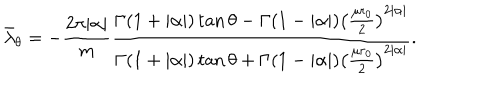
LaTeX: \bar { \lambda } _ { \theta } = - \frac { 2 \pi | \alpha | } { m } \frac { \Gamma ( 1 + | \alpha | ) \tan \theta - \Gamma ( 1 - | \alpha | ) \left( \frac { \mu r _ { 0 } } { 2 } \right) ^ { 2 | \alpha | } } { \Gamma ( 1 + | \alpha | ) \tan \theta + \Gamma ( 1 - | \alpha | ) \left( \frac { \mu r _ { 0 } } { 2 } \right) ^ { 2 | \alpha | } } .